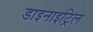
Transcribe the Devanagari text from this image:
डाइनाइट्रिल